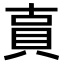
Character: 𧵎